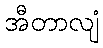
အီတာလျံ